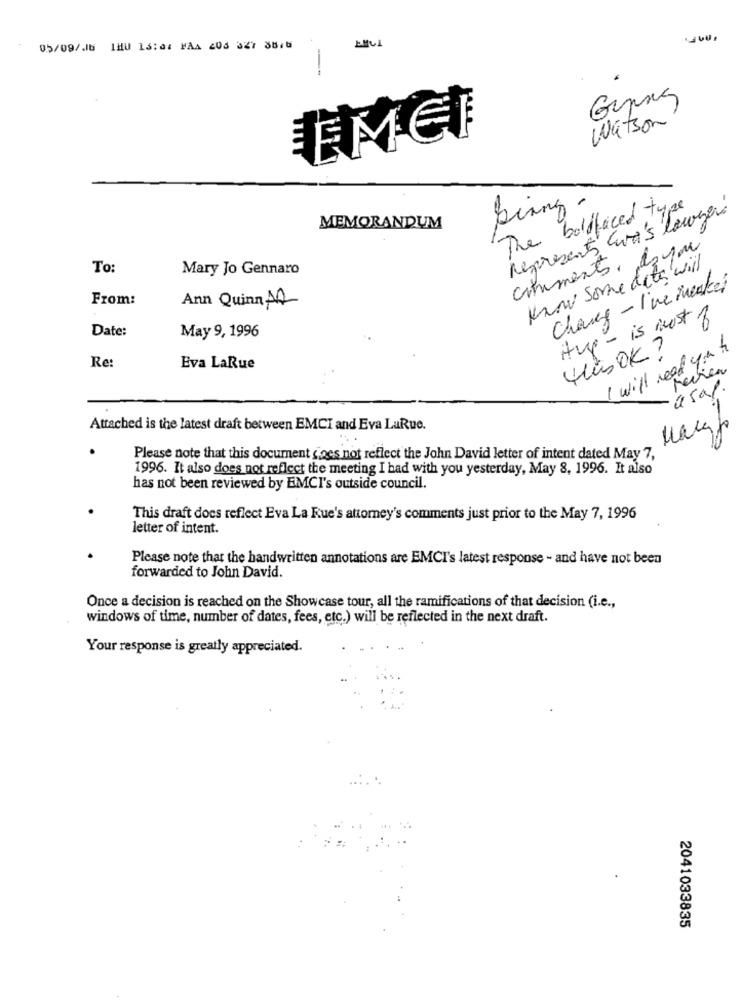
05/09/6 1HU 13:04 FAA 203 327 3816
-
Watson
EMEI
bing.
The boldfaced type
represents Eva's lounge
MEMORANDUM
cchiments, doyou
To:
Mary Jo Gennaro
Know some data will
Chang - I've mester
From:
Ann Quinn AA
Hup - is ist of
Date:
May 9, 1996
HünOK ?
I will need you to
-.
Re:
Eva LaRue
Revien
usal.
Attached is the latest draft between EMCI and Eva LaRue.
4
Please note that this document does not reflect the John David letter of intent dated May 7,
1996. It also does not reflect the meeting I had with you yesterday, May 8, 1996. It also
has not been reviewed by EMCI's outside council.
This draft does reflect Eva La Rue's attorney's comments just prior to the May 7, 1996
letter of intent.
Please note that the handwritten annotations are EMCI's latest response - and have not been
forwarded to John David.
Once a decision is reached on the Showcase tour, all the ramifications of that decision (i.e .,
windows of time, number of dates, fees, etc.) will be reflected in the next draft.
Your response is greatly appreciated.
2041033835